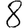
Digit: 8